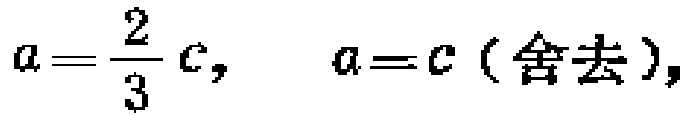
\(a=\frac{2}{3}c,\ \ \ a = c(\text{舍去})\)